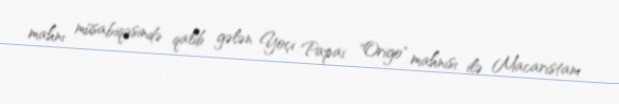
mahnı müsabiqəsində qalib gələn Yoçi Papai "Origo" mahnısı ilə Macarıstanı